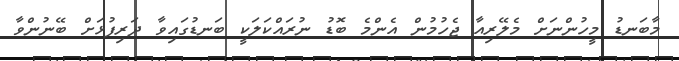
މާބަނޑު މީހުންނަށް މެލޭރިއާ ޖެހުމުން އެންމެ ބޮޑު ނުރައްކަލަކީ ބަނޑުގައިވާ ދަރިފުޅަށް ބޭނުންވާ